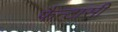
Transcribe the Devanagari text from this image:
फैन्टासी